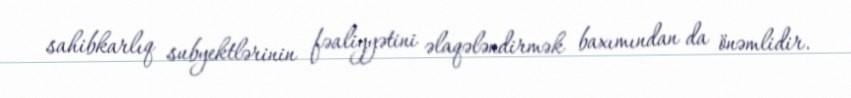
sahibkarlıq subyektlərinin fəaliyyətini əlaqələndirmək baxımından da önəmlidir.